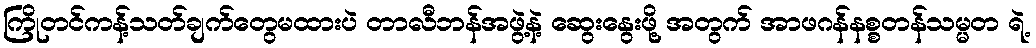
ကြိုတင်ကန့်သတ်ချက်တွေမထားပဲ တာလီဘန်အဖွဲ့နဲ့ ဆွေးနွေးဖို့ အတွက် အာဖဂန်နစ္စတန်သမ္မတ ရဲ့